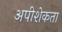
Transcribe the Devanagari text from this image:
अपीशेकता